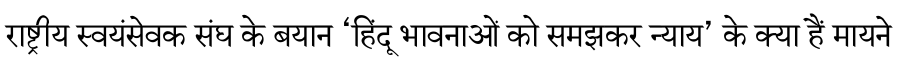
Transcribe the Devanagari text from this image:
राष्ट्रीय स्वयंसेवक संघ के बयान ‘हिंदू भावनाओं को समझकर न्याय’ के क्या हैं मायने